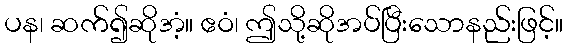
ပန၊ ဆက်၍ဆိုအံ့။ ဧဝံ၊ ဤသို့ဆိုအပ်ပြီးသောနည်းဖြင့်။